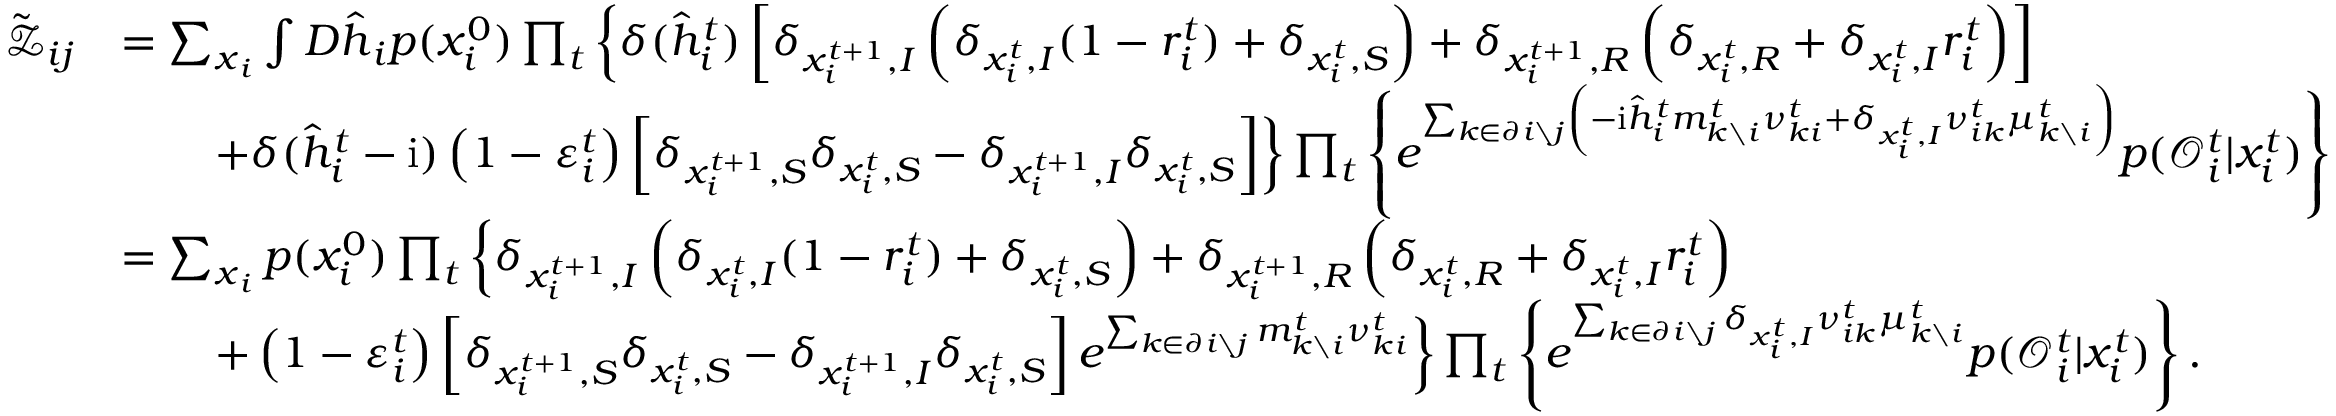
\begin{array} { r l } { \tilde { \mathcal { Z } } _ { i j } } & { = \sum _ { \boldsymbol { x } _ { i } } \int D \hat { \boldsymbol { h } } _ { i } p ( x _ { i } ^ { 0 } ) \prod _ { t } \left\{ \delta ( \hat { h } _ { i } ^ { t } ) \left[ \delta _ { x _ { i } ^ { t + 1 } , I } \left( \delta _ { x _ { i } ^ { t } , I } ( 1 - r _ { i } ^ { t } ) + \delta _ { x _ { i } ^ { t } , S } \right) + \delta _ { x _ { i } ^ { t + 1 } , R } \left( \delta _ { x _ { i } ^ { t } , R } + \delta _ { x _ { i } ^ { t } , I } r _ { i } ^ { t } \right) \right] \right. } \\ & { \qquad \left. + \delta ( \hat { h } _ { i } ^ { t } - \mathrm { i } ) \left( 1 - \varepsilon _ { i } ^ { t } \right) \left[ \delta _ { x _ { i } ^ { t + 1 } , S } \delta _ { x _ { i } ^ { t } , S } - \delta _ { x _ { i } ^ { t + 1 } , I } \delta _ { x _ { i } ^ { t } , S } \right] \right\} \prod _ { t } \left\{ e ^ { \sum _ { k \in \partial i \setminus j } \left( - \mathrm { i } \hat { h } _ { i } ^ { t } m _ { k \setminus i } ^ { t } \nu _ { k i } ^ { t } + \delta _ { x _ { i } ^ { t } , I } \nu _ { i k } ^ { t } \mu _ { k \setminus i } ^ { t } \right) } p ( \mathcal { O } _ { i } ^ { t } | x _ { i } ^ { t } ) \right\} } \\ & { = \sum _ { \boldsymbol { x } _ { i } } p ( x _ { i } ^ { 0 } ) \prod _ { t } \left\{ \delta _ { x _ { i } ^ { t + 1 } , I } \left( \delta _ { x _ { i } ^ { t } , I } ( 1 - r _ { i } ^ { t } ) + \delta _ { x _ { i } ^ { t } , S } \right) + \delta _ { x _ { i } ^ { t + 1 } , R } \left( \delta _ { x _ { i } ^ { t } , R } + \delta _ { x _ { i } ^ { t } , I } r _ { i } ^ { t } \right) \right. } \\ & { \qquad \left. + \left( 1 - \varepsilon _ { i } ^ { t } \right) \left[ \delta _ { x _ { i } ^ { t + 1 } , S } \delta _ { x _ { i } ^ { t } , S } - \delta _ { x _ { i } ^ { t + 1 } , I } \delta _ { x _ { i } ^ { t } , S } \right] e ^ { \sum _ { k \in \partial i \setminus j } m _ { k \setminus i } ^ { t } \nu _ { k i } ^ { t } } \right\} \prod _ { t } \left\{ e ^ { \sum _ { k \in \partial i \setminus j } \delta _ { x _ { i } ^ { t } , I } \nu _ { i k } ^ { t } \mu _ { k \setminus i } ^ { t } } p ( \mathcal { O } _ { i } ^ { t } | x _ { i } ^ { t } ) \right\} . } \end{array}